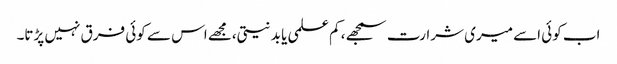
اب کوئی اسے میری شرارت سمجھے، کم علمی یا بد نیتی،مجھے اس سے کوئی فرق نہیں پڑتا۔